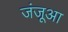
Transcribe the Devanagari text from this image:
जंजूआ